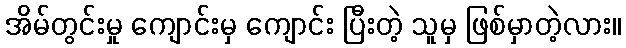
အိမ်တွင်းမှု ကျောင်းမှ ကျောင်း ပြီးတဲ့ သူမှ ဖြစ်မှာတဲ့လား။